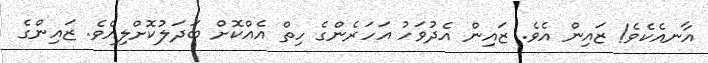
އާނއެކެވެ! ޒައިން އެވެ. ޒައިން އެދުވަހު އަހަރެންގެ ހިތް އެއްކޮށް ބަދަލުކޮށްލިއެވެ. ޒައިންގެ